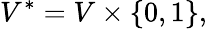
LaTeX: V^{*}=V\times\{ 0,1\} ,